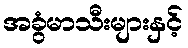
အခွံမာသီးများနှင့်